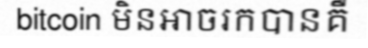
bitcoin មិនអាចរកបានគឺ